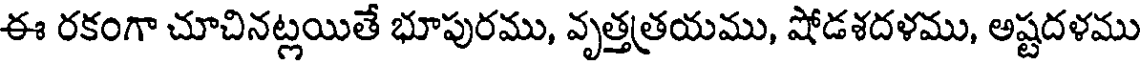
ఈ రకంగా చూచినట్లయితే భూపురము, వృత్తత్రయము, షోడశదళము, అష్టదళము